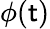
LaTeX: \phi(\mathsf{t})